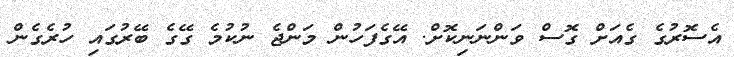
އެސޮރުގެ ގެއަށް ގޮސް ވަންނަނިކޮށް. އޭގެފަހުން މަންޖެ ނުކުމެ ގޭގެ ބޭރުގައި ހުރެގެން